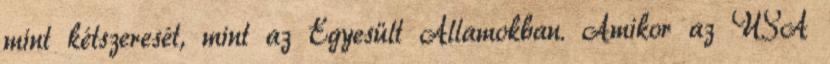
mint kétszeresét, mint az Egyesült Államokban. Amikor az USA